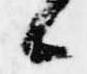
候